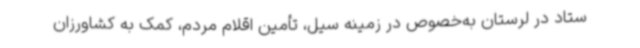
ستاد در لرستان به‌خصوص در زمینه سیل، تأمین اقلام مردم، کمک به کشاورزان